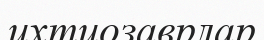
ихтиозаврлар